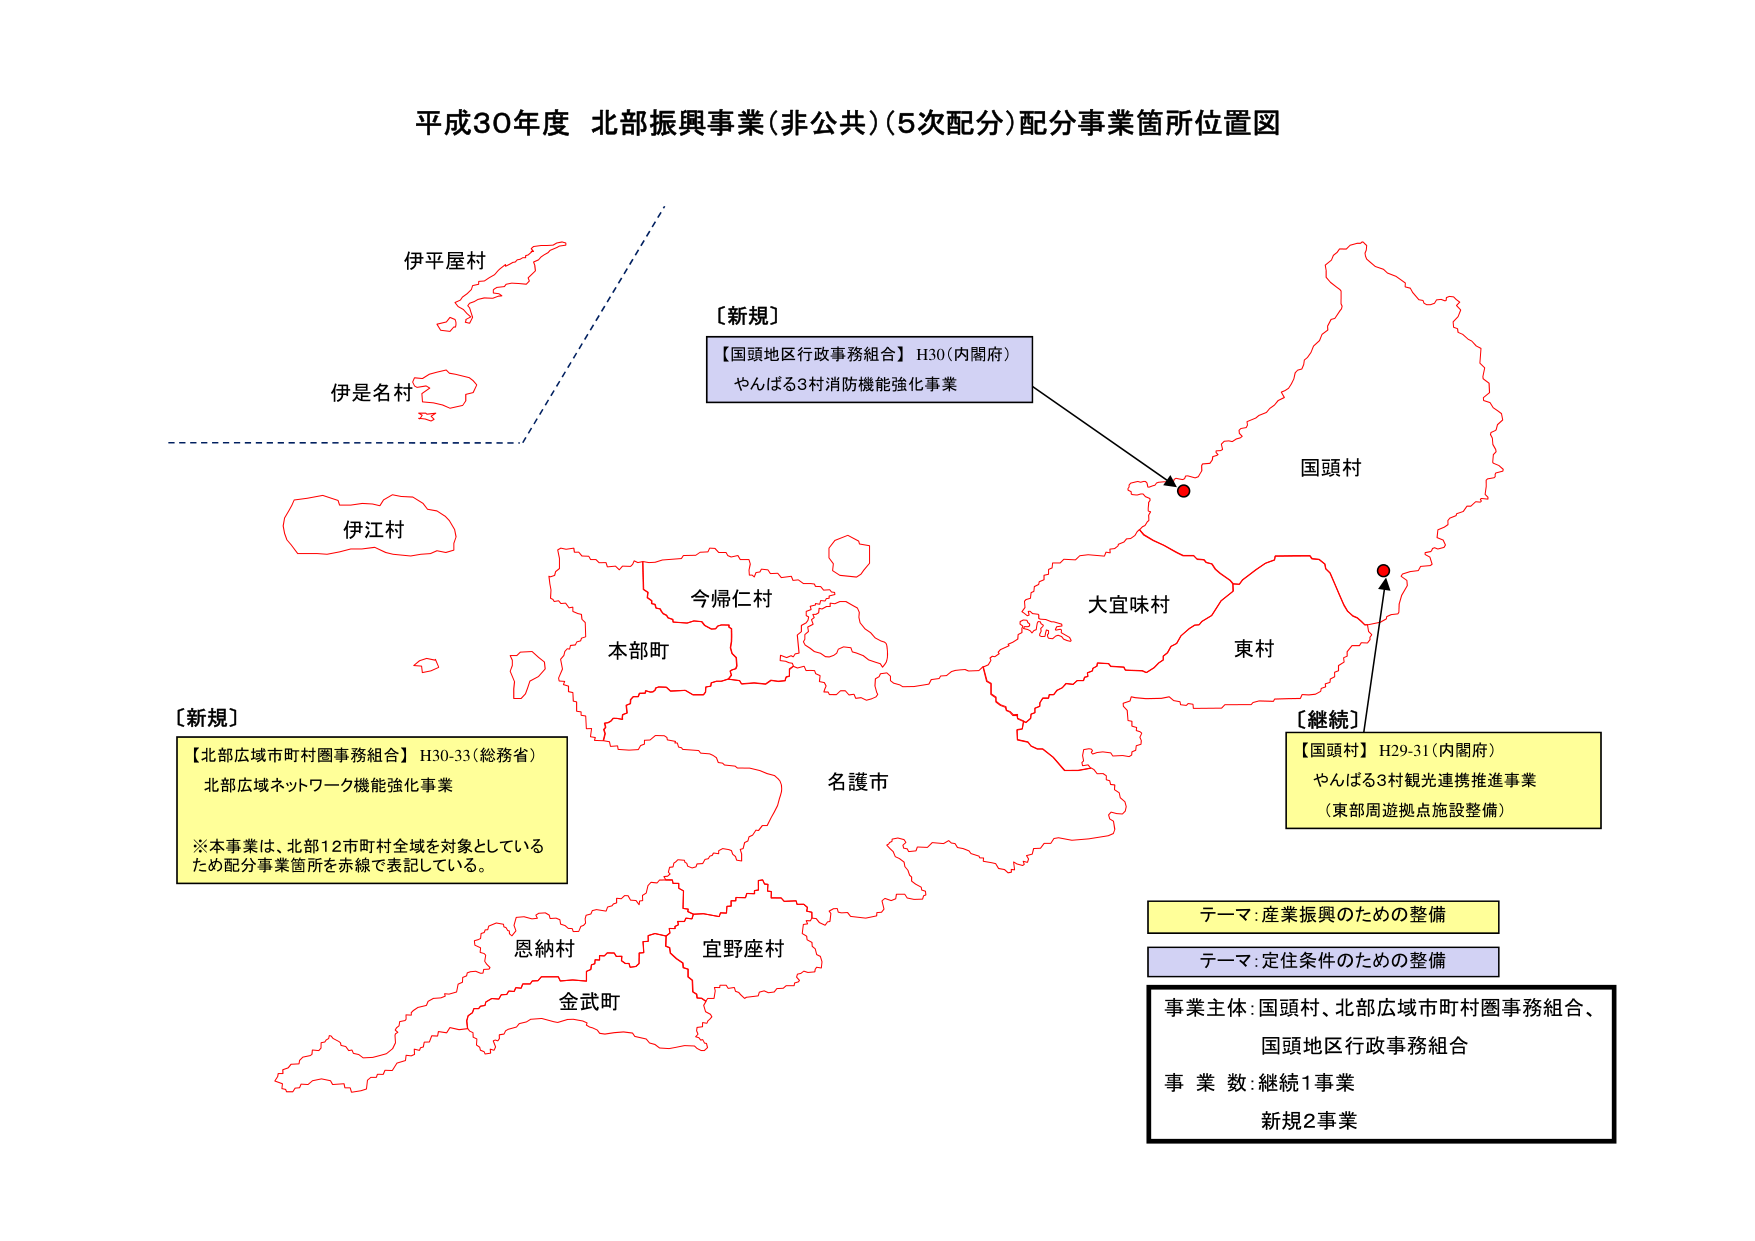
平成30年度 北部振興事業(非公共)(5次配分)配分事業箇所位置図

伊平屋村
伊是名村
伊江村
今帰仁村
本部町
名護市
大宜味村
東村
国頭村
恩納村
宜野座村
金武町

［新規］
【国頭地区行政事務組合】H30(内閣府)
やんばる3村消防機能強化事業

［新規］
【北部広域市町村圏事務組合】H30-33(総務省)
北部広域ネットワーク機能強化事業
※本事業は、北部12市町村全域を対象としている
ため配分事業箇所を赤線で表記している。

［継続］
【国頭村】H29-31(内閣府)
やんばる3村観光連携推進事業
（東部周遊拠点施設整備）

テーマ:産業振興のための整備
テーマ:定住条件のための整備

事業主体:国頭村、北部広域市町村圏事務組合、
国頭地区行政事務組合
事業数:継続1事業
新規2事業